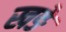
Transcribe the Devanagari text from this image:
खङे